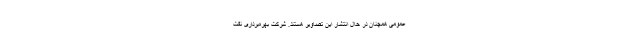
عمومی همچنان در حال انتشار این تصاویر هستند. شرکت بهره‌برداری نفت